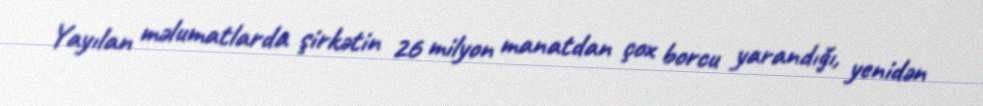
Yayılan məlumatlarda şirkətin 26 milyon manatdan çox borcu yarandığı, yenidən